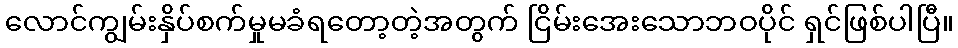
လောင်ကျွမ်းနှိပ်စက်မှုမခံရတော့တဲ့အတွက် ငြိမ်းအေးသောဘဝပိုင် ရှင်ဖြစ်ပါပြီ။